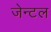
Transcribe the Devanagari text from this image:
जेन्टल